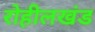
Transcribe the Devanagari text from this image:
रोहीलखंड